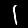
Label: 1